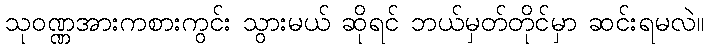
သုဝဏ္ဏအားကစားကွင်း သွားမယ် ဆိုရင် ဘယ်မှတ်တိုင်မှာ ဆင်းရမလဲ။